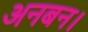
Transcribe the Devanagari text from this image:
अनबन।